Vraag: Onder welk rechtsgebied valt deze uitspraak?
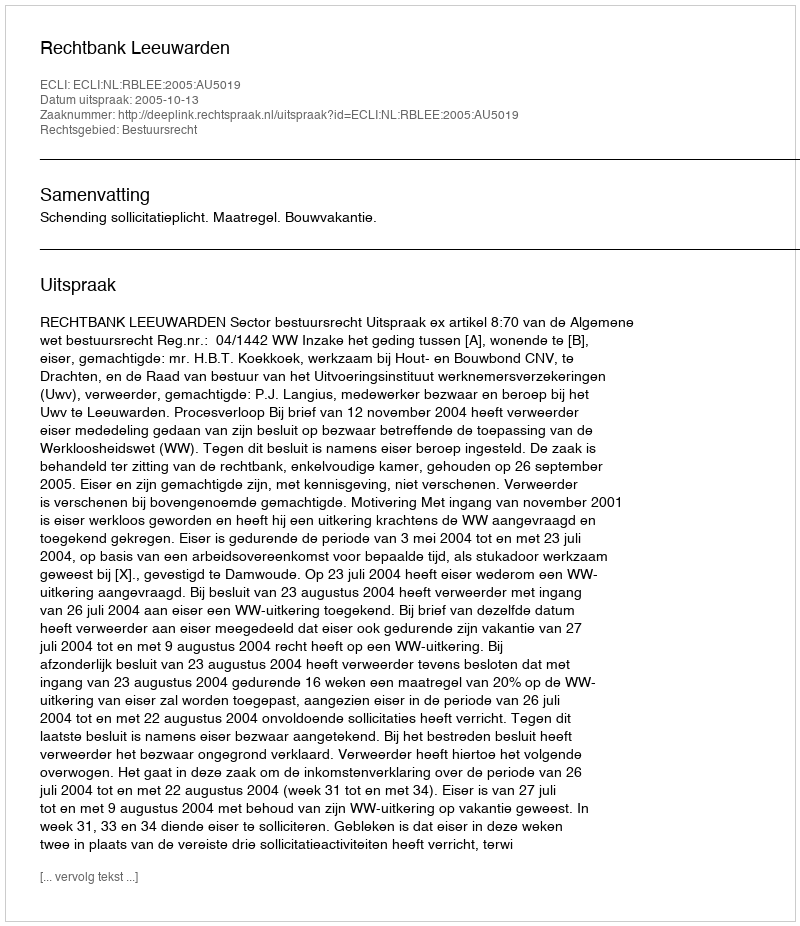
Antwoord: Bestuursrecht